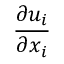
\frac { \partial u _ { i } } { \partial { { x } _ { i } } }